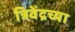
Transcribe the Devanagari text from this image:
त्रिवेंद्रच्या